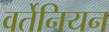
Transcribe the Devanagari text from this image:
वर्तेनियन